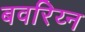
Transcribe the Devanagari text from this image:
बवरिय्न